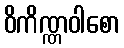
ဝိကိဏ္ဏဝါစော